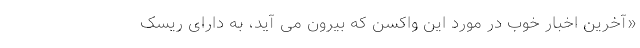
«آخرین اخبار خوب در مورد این واکسن که بیرون می آید، به دارای ریسک